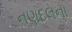
નણદલના